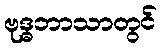
ဗုဒ္ဓဘာသာတွင်